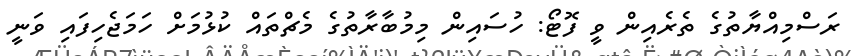
ރަސްމިއްޔާތުގެ ތެރެއިން ވީ ފޮޓޯ: ހުސައިން މިމުބާރާތުގެ މެޗްތައް ކުޅުމަށް ހަމަޖެހިފައި ވަނީ